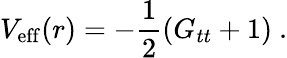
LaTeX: V_{\mathrm{eff}}(r)=-\frac{1}{2}\left(G_{tt}+1\right)\ .